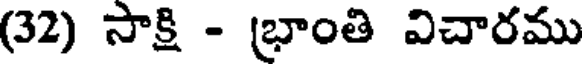
(32) సాక్షి - భ్రాంతి విచారము